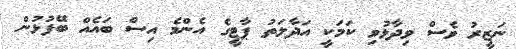
ނަޒީރު ވެސް ވިދާޅުވި ކަމަކީ އަދާލަތު ޕާޓީގެ އެންމެ އިސް ބައެއް ބޭފުޅުން